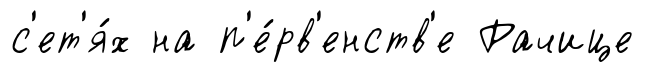
с'ет'я́х на п'е́рв'енств'е Рачице